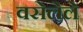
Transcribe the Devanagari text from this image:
वसेलेले